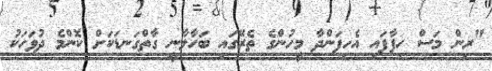
"ރިން މަސް ހިފާފައި އެހިފަންދާ މީހުންގެ ތެރޭގައި ބަހާލާނީ ގާތްގަނޑަކަށް ކޮންމެ ދުވަހަކު